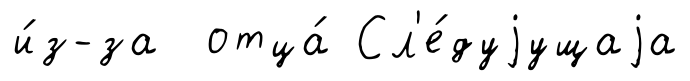
и́з-за отца́ Сл'е́дуjущаjа